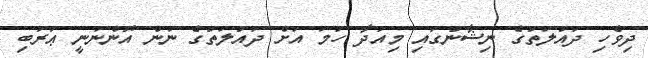
ދިވެހި ދައުލަތުގެ ނިޝާނުގައި މިއަދާ ހަމަ އަށް ދައުލަތުގެ ނަން އޮންނަނީ ޢަރަބި